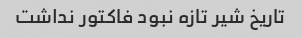
تاریخ شیر تازه نبود فاکتور نداشت